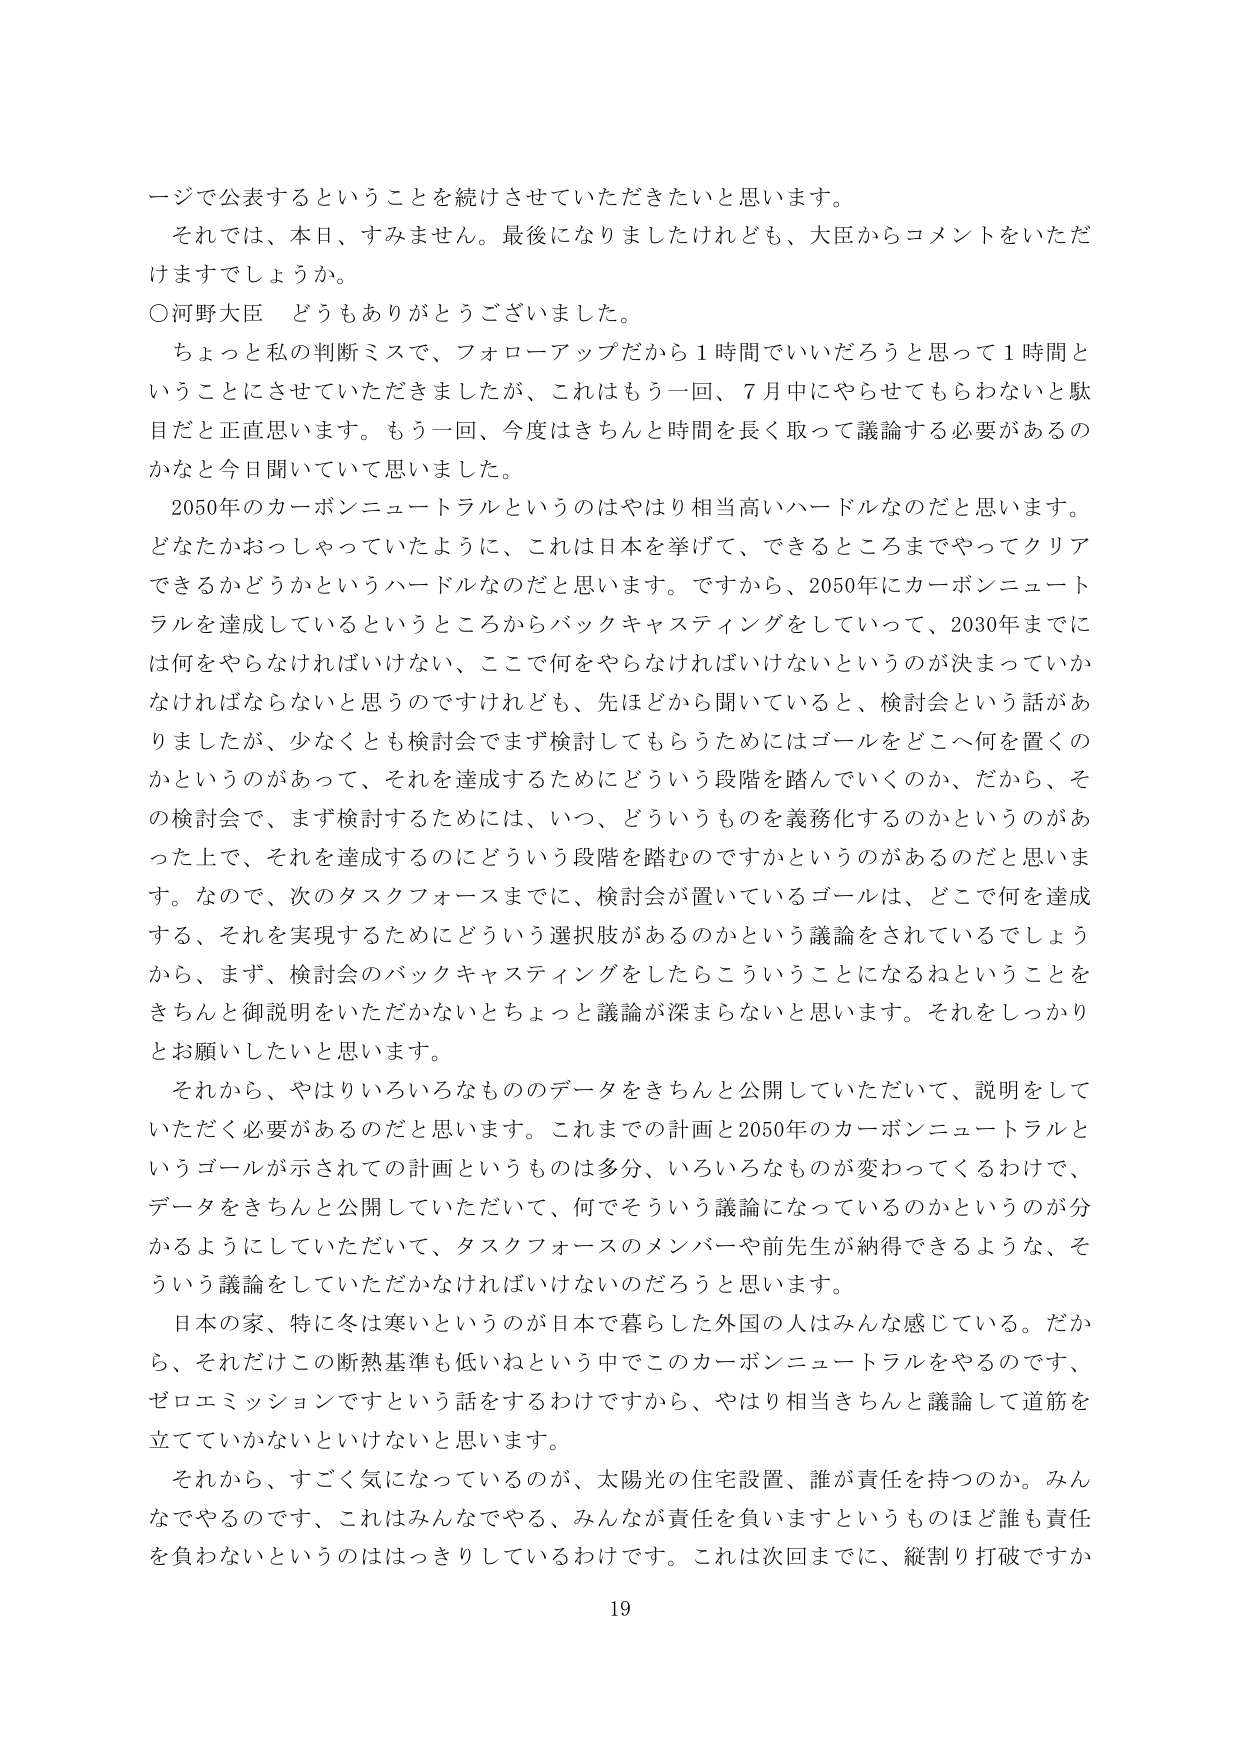
ージで公表するということを続けさせていただきたいと思います。
それでは、本日、すみません。最後になりましたけれども、大臣からコメントをいただけますでしょうか。
○河野大臣 どうもありがとうございました。
ちょっと私の判断ミスで、フォローアップだから1時間でいいだろうと思って1時間ということにさせていただきましたが、これはもう一回、7月中にやらせてもらわないと駄目だと正直思います。もう一回、今度はきちんと時間を長く取って議論する必要があるのかなと今日聞いていて思いました。
2050年のカーボンニュートラルというのはやはり相当高いハードルなのだと思います。どなたかおっしゃっていたように、これは日本を挙げて、できるところまでやってクリアできるかどうかというハードルなのだと思います。ですから、2050年にカーボンニュートラルを達成しているというところからバックキャスティングをしていって、2030年までには何をやらなければならない、ここで何をやらなければならないというのが決まっていかなければならないと思うのですけれども、先ほどから聞いていると、検討会という話がありましたけど、少なくとも検討会でまず検討してもらうためにはゴールをどこへ何を置くのかというのがあって、それを達成するためにどういう段階を踏んでいくのか、だから、その検討会で、まず検討するためには、いつ、どういうものを義務化するのかというのがあった上で、それを達成するのにどういう段階を踏むのですかというのがあるのだと思います。なので、次のタスクフォースまでに、検討会が置いているゴールは、どこで何を達成する、それを実現するためにどういう選択肢があるのかという議論をされているでしょうから、まず、検討会のバックキャスティングをしたたらこういうことになるねということをきちんと御説明をいただかないとちょっと議論が深まらないと思います。それをしっかりお願いしたいと思います。
それから、やはりいろいろなもののデータをきちんと公開していただいて、説明をしていただく必要があるのだと思います。これまでの計画と2050年のカーボンニュートラルというゴールが示されての計画というものは多分、いろいろなものが変わってくるわけで、データをきちんと公開していただいて、何でそういう議論になっているのかというのが分かるようにしていただいて、タスクフォースのメンバーや前先生が納得できるような、そういう議論をしていただかなければならないのだろと思います。
日本の家、特に冬は寒いというのが日本で暮らした外国人はみんな感じている。だから、それだけこの断熱基準も低いねという中でこのカーボンニュートラルをやるのです、ゼロエミッションですという話をすると、やはり相当きちんと議論して道筋を立てていかないといけないと思います。
それから、すごく気になっているのが、太陽光の住宅設置、誰が責任を持つのか。みんなでやるのです、これはみんなでやる、みんなが責任を負いますというのもほど誰も責任を負わないというのははっきりしているわけです。これは次回までに、縦割り打破ですか
19